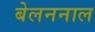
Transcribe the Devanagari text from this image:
बेलननाल